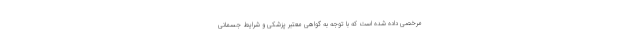
مرخصی داده شده است که با توجه به گواهی معتبر پزشکی و‌ شرایط جسمانی